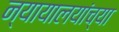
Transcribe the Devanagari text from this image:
न्यायालयांच्या